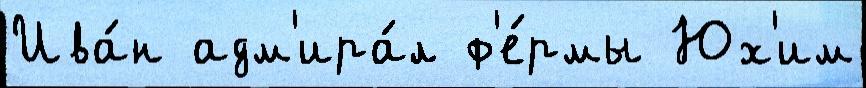
Ива́н адм'ира́л ф'е́рмы Юх'им